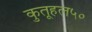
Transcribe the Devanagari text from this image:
कुतूहल५०